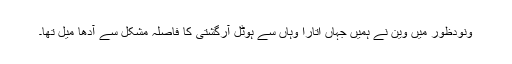
ونودظور میں وین نے ہمیں جہاں اتارا وہاں سے ہوٹل آرگشتی کا فاصلہ مشکل سے آدھا میل تھا۔